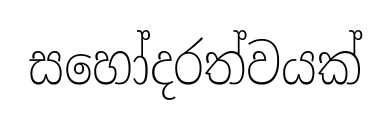
සහෝදරත්වයක්